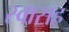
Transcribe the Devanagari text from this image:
स्‍वासह